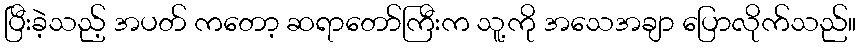
ပြီးခဲ့သည့် အပတ် ကတော့ ဆရာတော်ကြီးက သူ့ကို အသေအချာ ပြောလိုက်သည်။